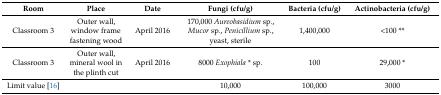
| Room | Place | Date | Fungi (cfu/g) | Bacteria (cfu/g) | Actinobacteria (cfu/g) |
 | --- | --- | --- | --- | --- | --- |
 | Classroom 3 | Outer wall, window frame fastening wood | April 2016 | 170,000 Aureobasidium sp., Mucor sp., Penicillium sp., yeast, sterile | 1,400,000 | <100 ** |
 | Classroom 3 | Outer wall, mineral wool in the plinth cut | April 2016 | 8000 Exophiala * sp. | 100 | 29,000 * |
 | Limit value [16] |  |  | 10,000 | 100,000 | 3000 |